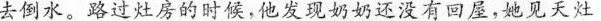
去倒水。路过灶房的时候，他发现奶奶还没有回屋，她见天灶